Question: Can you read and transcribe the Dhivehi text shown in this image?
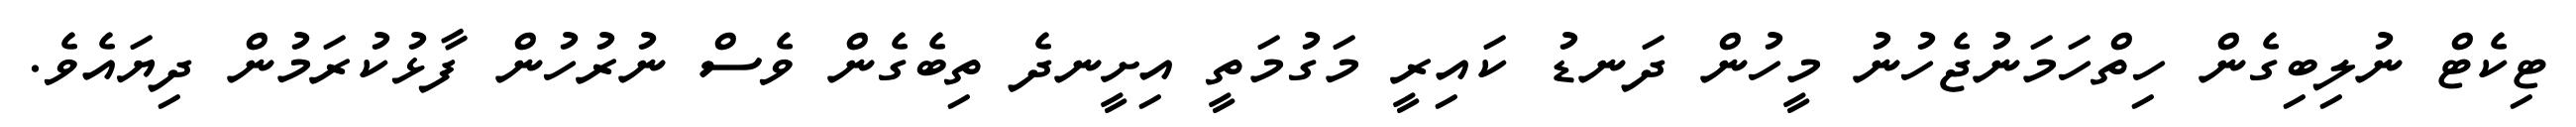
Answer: ޓިކެޓް ނުލިބިގެން ހިތްހަމަނުޖެހުނު މީހުން ދަނޑު ކައިރީ މަގުމަތީ އިށީނދެ ތިބެގެން ވެސް ނުރުހުން ފާޅުކުރަމުން ދިޔައެވެ.